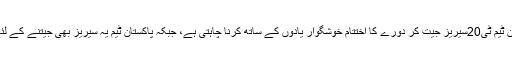
لہٰذا، سری لنکن ٹیم ٹی20سیریز جیت کر دورے کا اختتام خوشگوار یادوں کے ساتھ کرنا چاہتی ہے، جبکہ پاکستان ٹیم یہ سیریز بھی جیتنے کے لئے پرعزم ہے۔